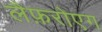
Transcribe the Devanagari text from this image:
लैफ़रोएग